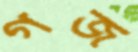
গজ